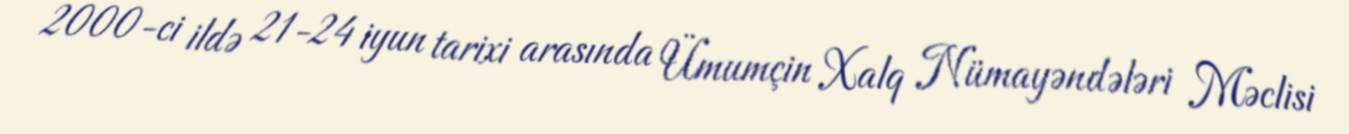
2000-ci ildə 21-24 iyun tarixi arasında Ümumçin Xalq Nümayəndələri Məclisi